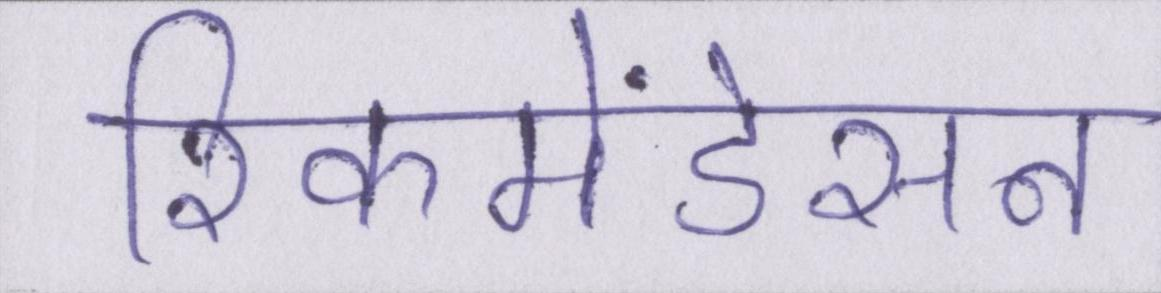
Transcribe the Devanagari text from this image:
रिकमेंडेसन